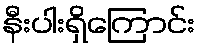
နီးပါးရှိကြောင်း